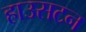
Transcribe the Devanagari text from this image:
हाउसटन